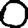
Digit: 0